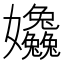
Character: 𡤹